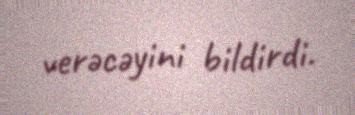
verəcəyini bildirdi.